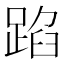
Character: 𮛫